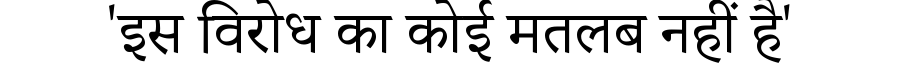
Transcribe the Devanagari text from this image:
'इस विरोध का कोई मतलब नहीं है'